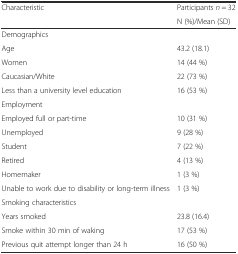
<table><thead><tr><td rowspan="2"><b>Characteristic</b></td><td><b>Participants <i>n</i> = 32</b></td></tr><tr><td><b>N (%)/Mean (SD)</b></td></tr></thead><tbody><tr><td>Demographics</td><td></td></tr><tr><td>Age</td><td>43.2 (18.1)</td></tr><tr><td>Women</td><td>14 (44 %)</td></tr><tr><td>Caucasian/White</td><td>22 (73 %)</td></tr><tr><td>Less than a university level education</td><td>16 (53 %)</td></tr><tr><td>Employment</td><td></td></tr><tr><td>Employed full or part-time</td><td>10 (31 %)</td></tr><tr><td>Unemployed</td><td>9 (28 %)</td></tr><tr><td>Student</td><td>7 (22 %)</td></tr><tr><td>Retired</td><td>4 (13 %)</td></tr><tr><td>Homemaker</td><td>1 (3 %)</td></tr><tr><td>Unable to work due to disability or long-term illness</td><td>1 (3 %)</td></tr><tr><td>Smoking characteristics</td><td></td></tr><tr><td>Years smoked</td><td>23.8 (16.4)</td></tr><tr><td>Smoke within 30 min of waking</td><td>17 (53 %)</td></tr><tr><td>Previous quit attempt longer than 24 h</td><td>16 (50 %)</td></tr></tbody></table>